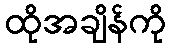
ထိုအချိန်ကို